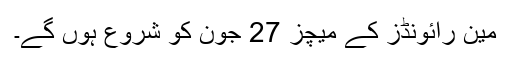
مین رائونڈز کے میچز 27 جون کو شروع ہوں گے۔